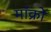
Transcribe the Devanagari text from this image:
मॉक्रो